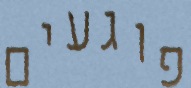
פוגעים